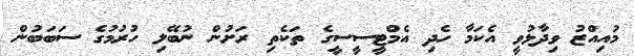
މުއިއްޒު ވިދާޅުވީ އެކަމާ ހެދި އެމްޓީސީސީގެ ތަކެތި ރަށުން ނުބޭލި ހުރުމުގެ ސަބަބުން